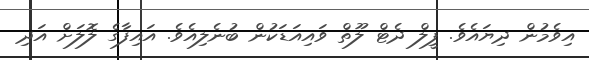
އިވެމުން ދިޔައެވެ. ފީލް ދެޓް ލޫތް ވައިއަޑަކުން ބުނެލިއެވެ. އައިފާގެ ލޮލަށް އަދި